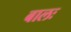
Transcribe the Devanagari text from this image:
बालः